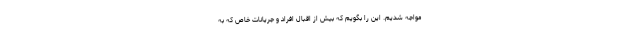
مواجه شدیم. این را بگویم که بیش از اقبال افراد و جریانات خاص که به